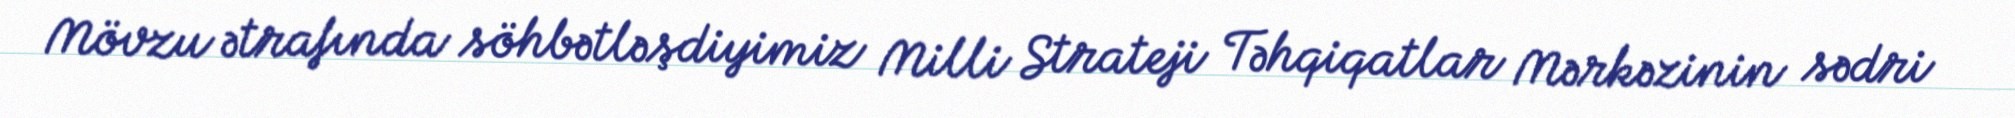
Mövzu ətrafında söhbətləşdiyimiz Milli Strateji Təhqiqatlar Mərkəzinin sədri